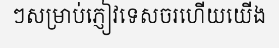
ៗសម្រាប់ភ្ញៀវទេសចរហើយយើង